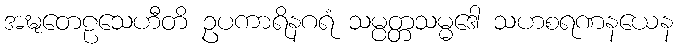
အဍ္ဎတေဠသေဟီတိ ဥပကာရိနဂရံ သမ္ပတ္တသမ္မဒေါ သဟစရဏနယေန